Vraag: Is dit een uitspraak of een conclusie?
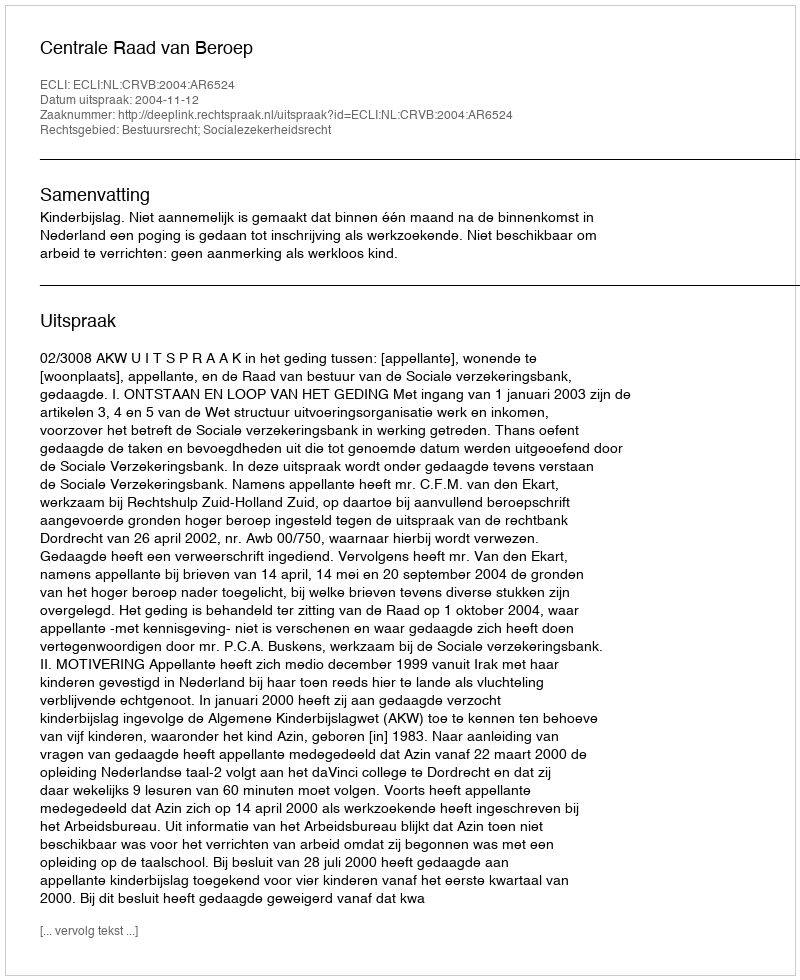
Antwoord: Uitspraak